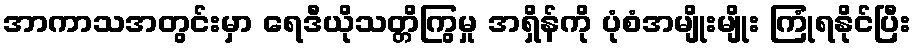
အာကာသအတွင်းမှာ ရေဒီယိုသတ္တိကြွမှု အရှိန်ကို ပုံစံအမျိုးမျိုး ကြုံရနိုင်ပြီး